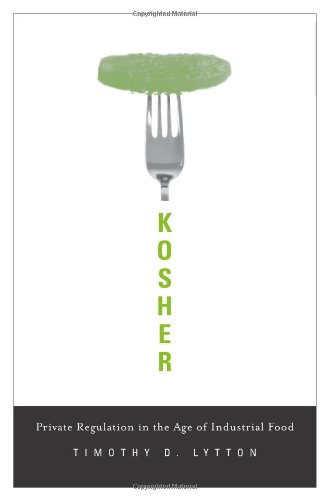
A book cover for Kosher: Private Regulation in the Age of Industrial Food; Timothy D. Lytton; Cookbooks, Food & Wine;